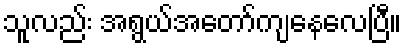
သူလည်း အရွယ်အတော်ကျနေလေပြီ။